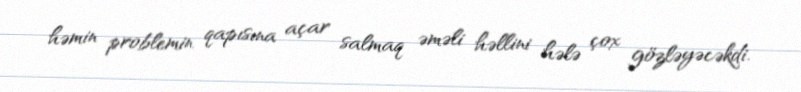
həmin problemin qapısına açar salmaq əməli həllini hələ çox gözləyəcəkdi.